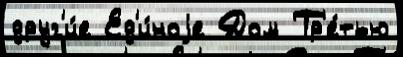
друг'и́е Ед'и́ноjе Дом Тр'е́тью